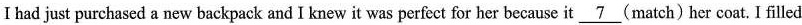
I had just purchased a new backpack and I knew it was perfect for her because it \underline{7} (match) her coat. I filled